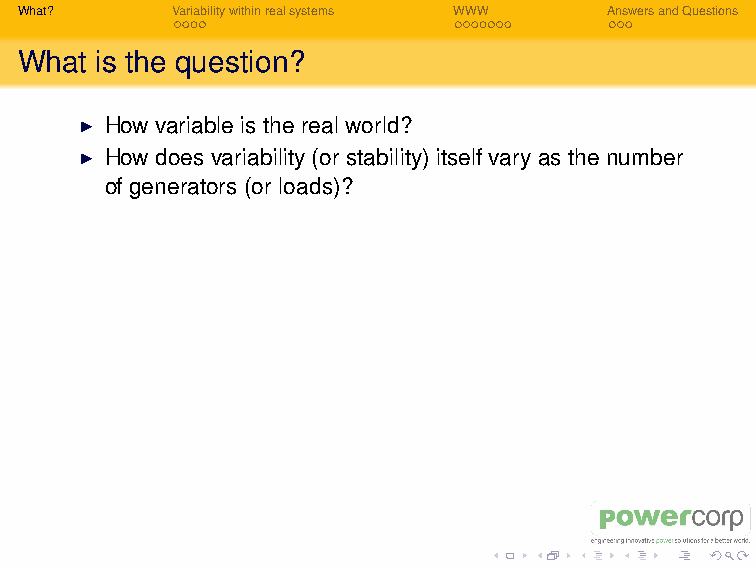
For N generators, a commonly stated fact is:
 Stability increases as the square root of N
 – Edwin Schrodinger in “What is life”
 Aside: this often gets quoted without any further
 explanation, whence this talk. Hopefully the audience can
 help me understand.
 I What does this mean?
 I What are the units for stability?
 I Which numbers matter and how do they change?
 I How does affect reliability and plant costs?
 What?     Variabilitywithinrealsystems WWW AnswersandQuestions
 What is the question?
 I How variable is the real world?
 I How does variability (or stability) itself vary as the number
 of generators (or loads)?